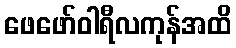
ဖေဖော်ဝါရီလကုန်အထိ